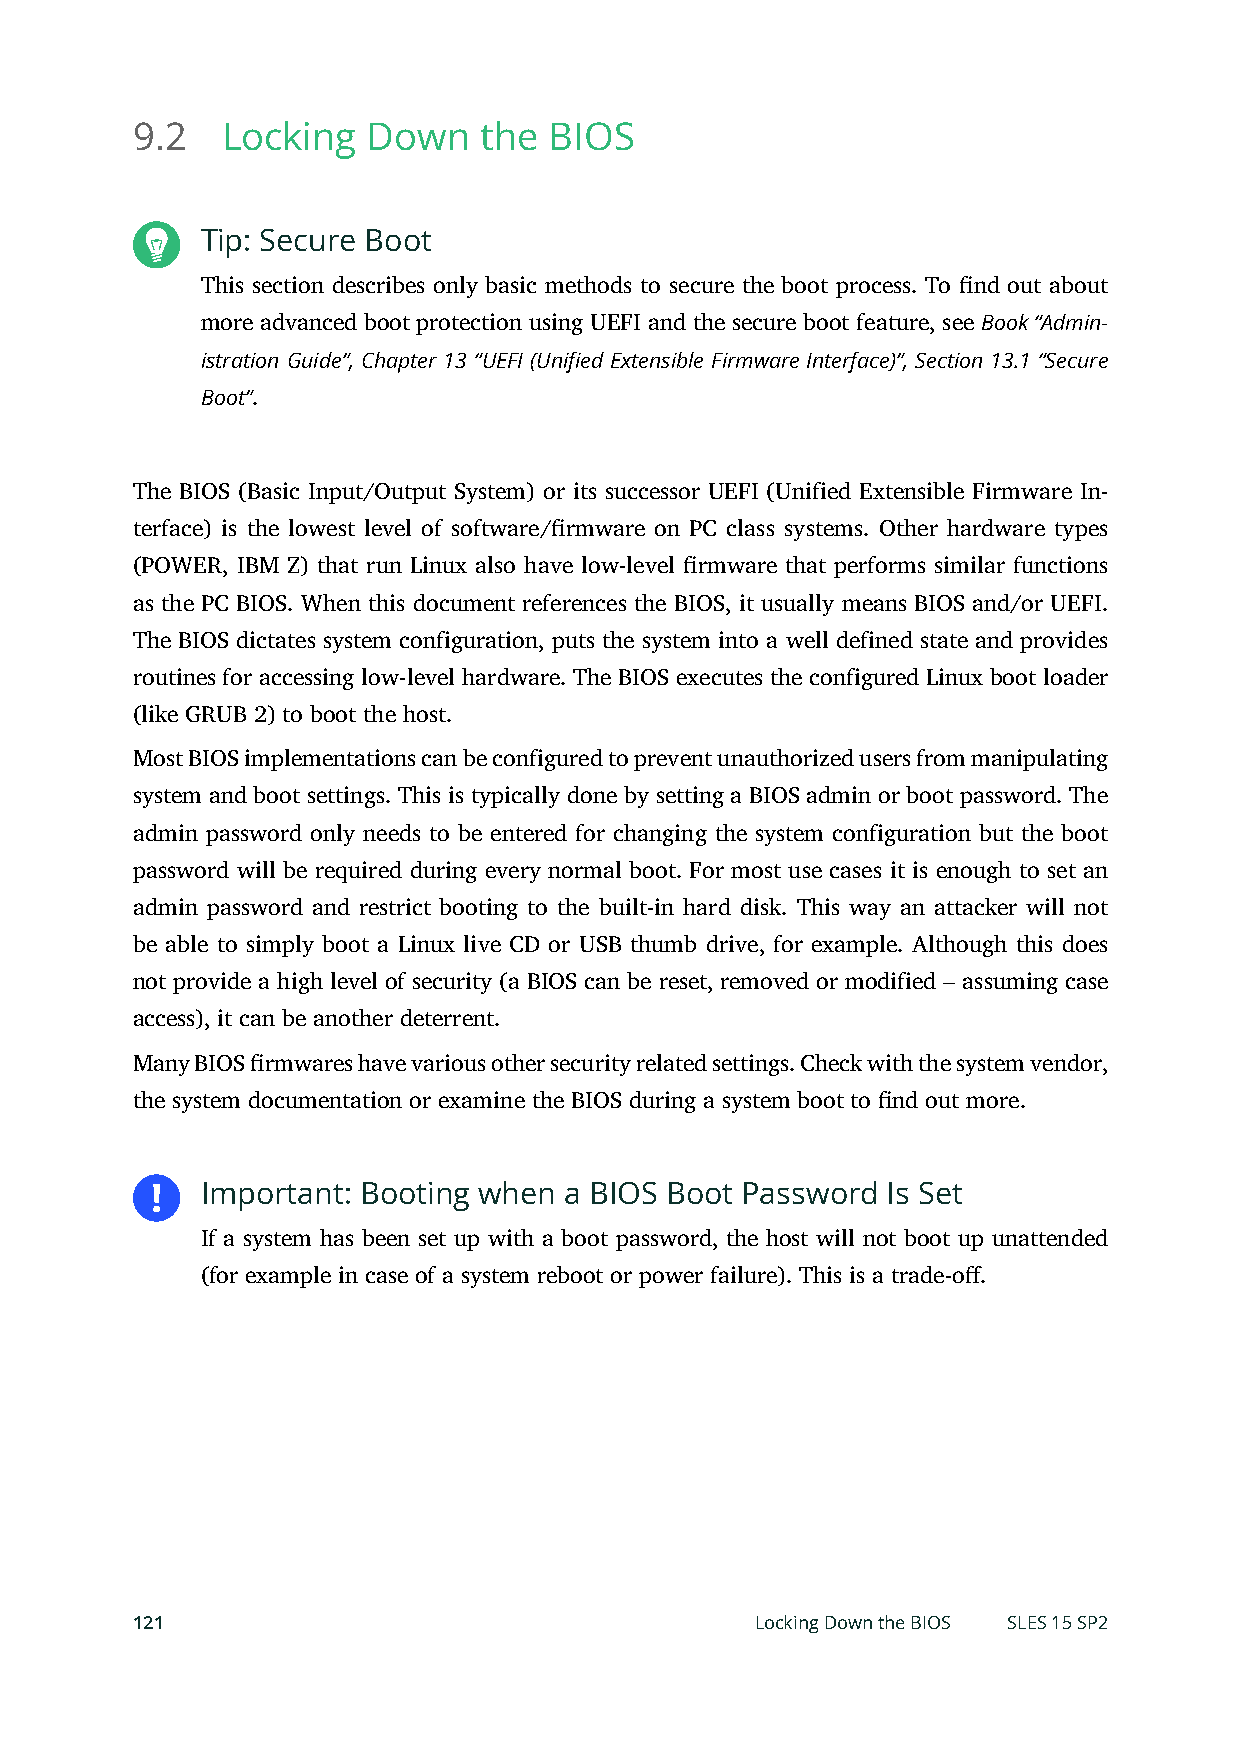
9.2   Locking  Down    the BIOS
 Tip: Secure Boot
 This section describes only basic methods to secure the boot process. To nd out about
 more advanced boot protection using UEFI and the secure boot feature, see Book “Admin-
 istration Guide”, Chapter 13 “UEFI (Unified Extensible Firmware Interface)”, Section 13.1 “Secure
 Boot”.
 The BIOS (Basic Input/Output System) or its successor UEFI (Unified Extensible Firmware In-
 terface) is the lowest level of software/rmware on PC class systems. Other hardware types
 (POWER, IBM Z) that run Linux also have low-level rmware that performs similar functions
 as the PC BIOS. When this document references the BIOS, it usually means BIOS and/or UEFI.
 The BIOS dictates system configuration, puts the system into a well defined state and provides
 routines for accessing low-level hardware. The BIOS executes the configured Linux boot loader
 (like GRUB 2) to boot the host.
 Most BIOS implementations can be configured to prevent unauthorized users from manipulating
 system and boot settings. This is typically done by setting a BIOS admin or boot password. The
 admin password only needs to be entered for changing the system configuration but the boot
 password will be required during every normal boot. For most use cases it is enough to set an
 admin password and restrict booting to the built-in hard disk. This way an attacker will not
 be able to simply boot a Linux live CD or USB thumb drive, for example. Although this does
 not provide a high level of security (a BIOS can be reset, removed or modified – assuming case
 access), it can be another deterrent.
 Many BIOS rmwares have various other security related settings. Check with the system vendor,
 the system documentation or examine the BIOS during a system boot to nd out more.
 Important: Booting when a BIOS Boot Password  Is Set
 If a system has been set up with a boot password, the host will not boot up unattended
 (for example in case of a system reboot or power failure). This is a trade-o.
 121                                      Locking Down the BIOS SLES 15 SP2